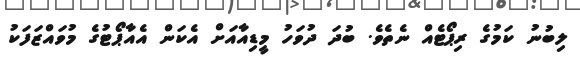
ލިބުނު ކަމުގެ ރިޕޯޓެއް ނެތެވެ. ބުދަ ދުވަހު މީޑިއާއަށް އެކަން އެއާޕޯޓުގެ މުވައްޒަފަކު